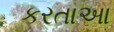
કરતાઆ